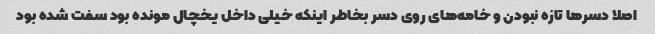
اصلا دسرها تازه نبودن و خامه‌های روی دسر بخاطر اینکه خیلی داخل یخچال مونده بود سفت شده بود